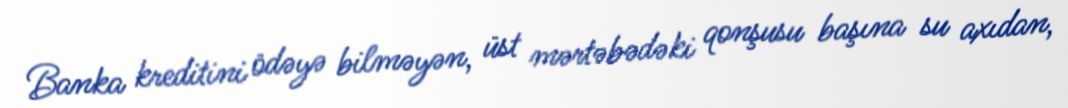
Banka kreditini ödəyə bilməyən, üst mərtəbədəki qonşusu başına su axıdan,